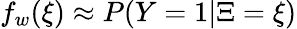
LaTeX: f_{w}(\xi)\approx P(Y=1|\Xi=\xi)